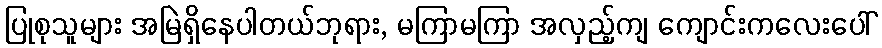
ပြုစုသူများ အမြဲရှိနေပါတယ်ဘုရား, မကြာမကြာ အလှည့်ကျ ကျောင်းကလေးပေါ်